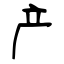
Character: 产